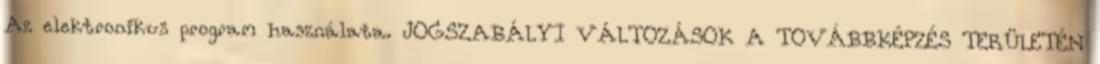
Az elektronikus program használata. JOGSZABÁLYI VÁLTOZÁSOK A TOVÁBBKÉPZÉS TERÜLETÉN